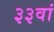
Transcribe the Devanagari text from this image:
३३वां